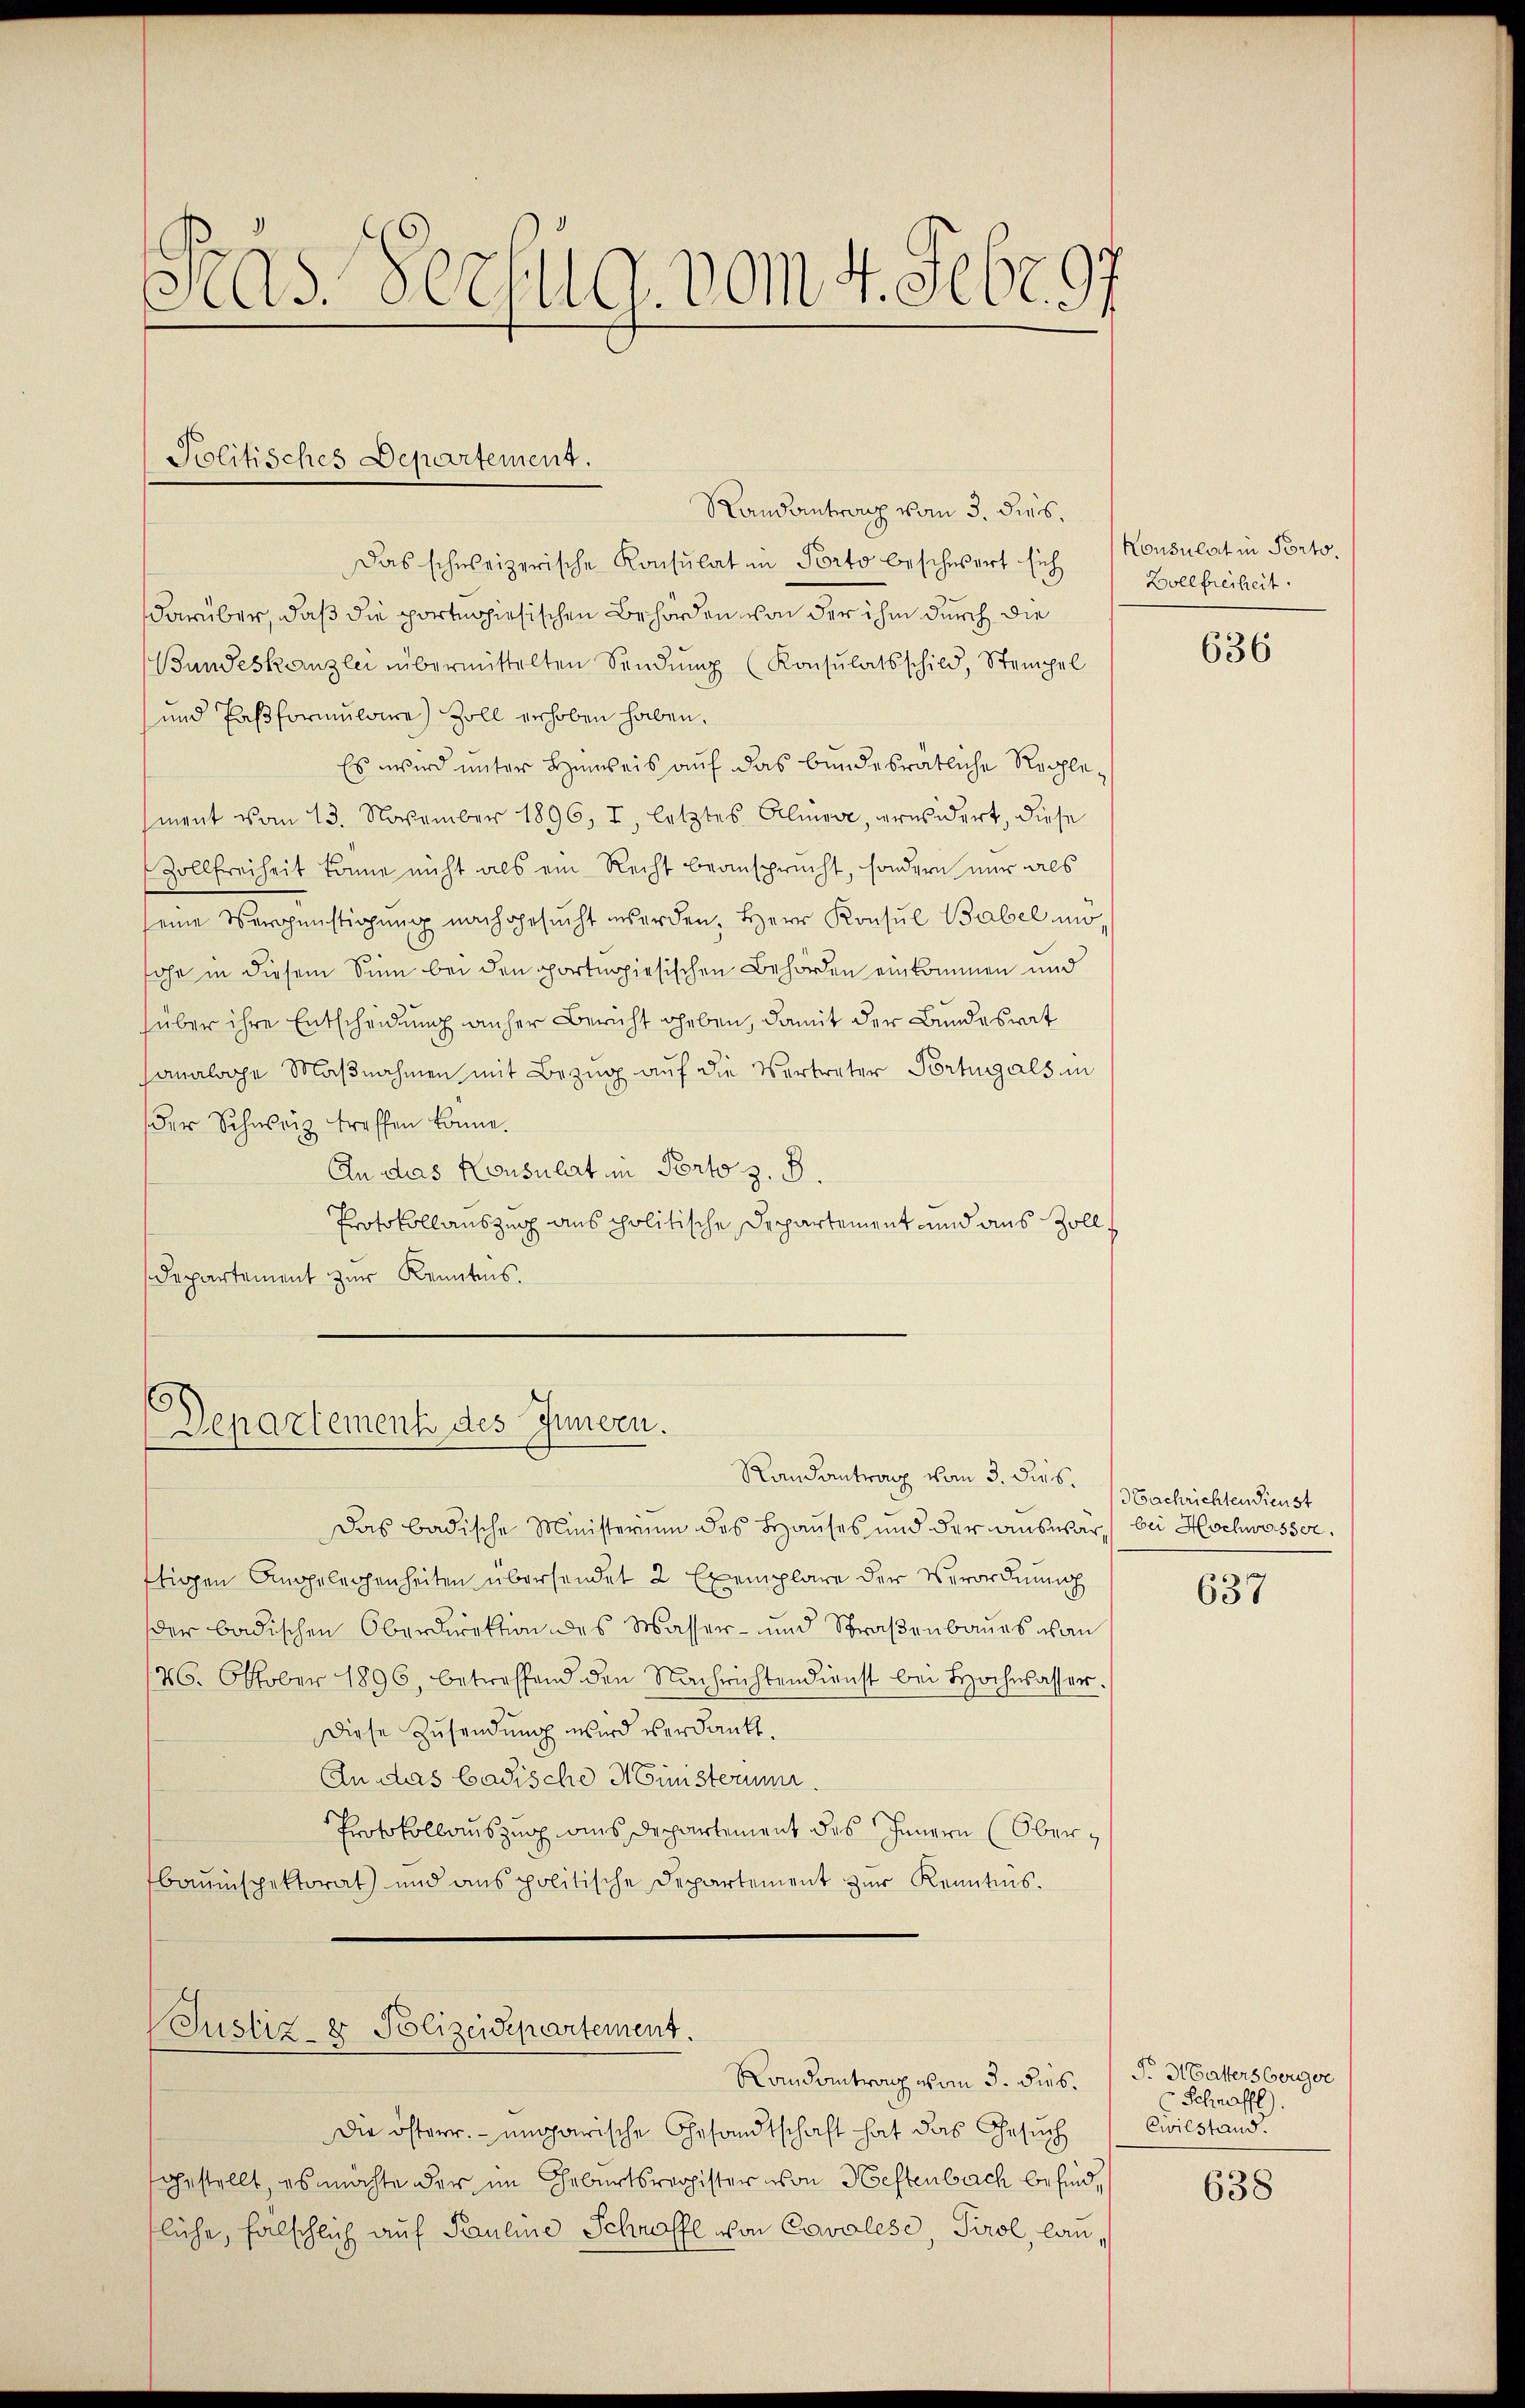
Pras Verfug. vom 4. Febr. 97

Politisches Departement.

Randantrag vom 3. dies
Das schweizerische Konsulat in Porto beschwert sich
darüber, daß die portig hiesischen Behörden von der ihm durch die
Bundeskanzlei übermittelten Sendung (Konsulatsschild, Stempel
und Pasformulaire) Zoll erhoben haben.
Es wird unter Hinweis auf das bundesrätliche Rochlement vom 13. November 1896, I, letztes Alinea, erwidert, diese
Zollfreiheit könne nicht als ein Recht beansprucht, sondern nur als
seine Vergünstigung nachgesŭcht werden. Herr Konsul Babel mosohn in diesem Sinn bei den portighiesischen Behörden einkommen und
über ihre Entscheidung anher Bericht heben, damit der Bundesrat
sanaloge Maßnahmen mit Bezug auf die Vertreter Portugals in
der Schweiz treffen könne.
An das Konsulat in Porto z. B.
Protokollauszug aus politische Departement und aus Zoll
Departement zur Kenntnis.

Departement des Innern.

Das badische Ministerium des Hauses und der auswär, bei Hochwasser,
ttigen Angelegenheiten übersendet 2 Exemplare der Verordnung
der badischen Oberdirektion des Wasser- und Straßenbaues von
126. Oktober 1896, betreffend den Nachrichtendienst bei Hochwasser.
Diese Zusendung wird verdankt.
An das badische Ministerum
Protokollauszug aus Departement des Innern (Oberbauinspektorat und anspolitische Departement zŭr Kenntnis.

Justiz- & Polizeidepartement.

Randantrag vom 3. dies.

Die österr. ungarische Gesandtschaft hat das Gesuch
fgestellt, es möchte der im Geburtsregister von Heftenbach besind,
fliche, falschlich auf Pauline Schroffe von Cavalese, Tirol, lan¬

Randantrag vom 3. dies

Konsulat in Porto.
Bollfreiheit.

636

Nachrichten dienst

637

P. Hattersberger
Schaffe).
Cwilstand.

638